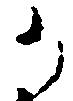
か